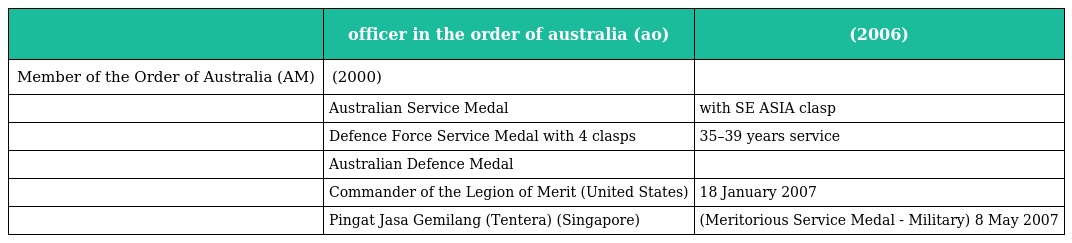
|  | officer in the order of australia (ao) | (2006) |
 | --- | --- | --- |
 | Member of the Order of Australia (AM) | (2000) |  |
 |  | Australian Service Medal | with SE ASIA clasp |
 |  | Defence Force Service Medal with 4 clasps | 35–39 years service |
 |  | Australian Defence Medal |  |
 |  | Commander of the Legion of Merit (United States) | 18 January 2007 |
 |  | Pingat Jasa Gemilang (Tentera) (Singapore) | (Meritorious Service Medal - Military) 8 May 2007 |